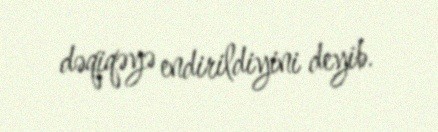
dəqiqəyə endirildiyini deyib.